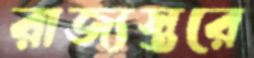
রাজ্যস্তরে